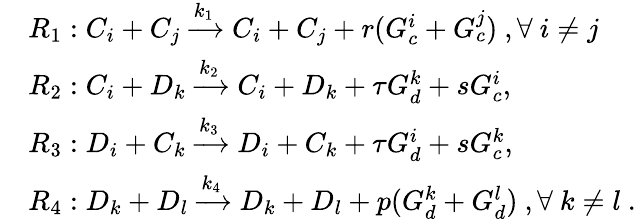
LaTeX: \begin{array}{rl}&{R_{1}:C_{i}+C_{j}\xrightarrow{k_{1}}C_{i}+C_{j}+r(G_{c}^{i}+G_{c}^{j})~,\forall~i\ne j~}\\ &{R_{2}:C_{i}+D_{k}\xrightarrow{k_{2}}C_{i}+D_{k}+\tau G_{d}^{k}+sG_{c}^{i},}\\ &{R_{3}:D_{i}+C_{k}\xrightarrow{k_{3}}D_{i}+C_{k}+\tau G_{d}^{i}+sG_{c}^{k},}\\ &{R_{4}:D_{k}+D_{l}\xrightarrow{k_{4}}D_{k}+D_{l}+p(G_{d}^{k}+G_{d}^{l})~,\forall~k\ne l~.}\end{array}